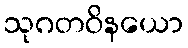
သုဂတဝိနယော